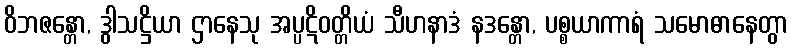
ဝိဘဇန္တော, ဒွါသဋ္ဌိယာ ဌာနေသု အပ္ပဋိဝတ္တိယံ သီဟနာဒံ နဒန္တော, ပစ္စယာကာရံ သမောဓာနေတွာ